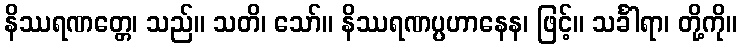
နိဿရဏတ္တေ၊ သည်။ သတိ၊ သော်။ နိဿရဏပ္ပဟာနေန၊ ဖြင့်။ သင်္ခါရာ၊ တို့ကို။